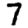
Digit: 7